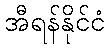
အီရန်နိုင်ငံ